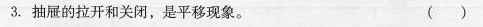
3.抽屉的拉开和关闭，是平移现象。（ ）